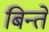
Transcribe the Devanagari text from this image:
बिन्ते